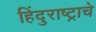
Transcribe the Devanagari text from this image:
हिंदुराष्ट्राचे